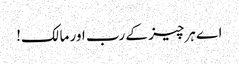
اے ہرچیز کے رب اور مالک!